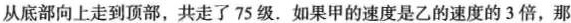
从底部向上走到顶部，共走了75级.如果甲的速度是乙的速度的3倍，那